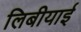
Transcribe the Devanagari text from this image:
लिबीयाई